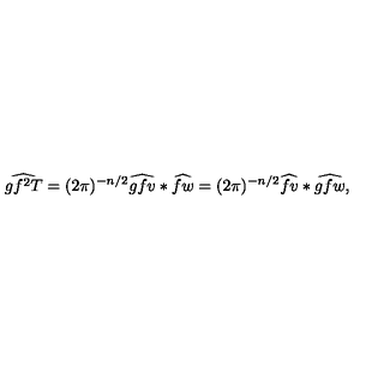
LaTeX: \widehat { g f ^ { 2 } T } = ( 2 \pi ) ^ { - n / 2 } \widehat { g f v } * \widehat { f w } = ( 2 \pi ) ^ { - n / 2 } \widehat { f v } * \widehat { g f w } ,